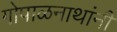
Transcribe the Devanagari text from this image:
गोपाळनाथांनी